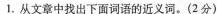
1.从文章中找出下面词语的近义词。(2分)